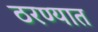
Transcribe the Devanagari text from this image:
ठरण्यात